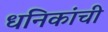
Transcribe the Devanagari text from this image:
धनिकांची